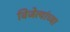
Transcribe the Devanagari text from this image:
विजेत्यांच्या